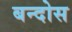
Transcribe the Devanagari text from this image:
बन्दोस